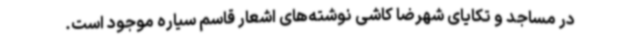
در مساجد و تکایای شهرضا کاشی نوشته‌های اشعار قاسم سیاره موجود است.